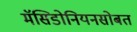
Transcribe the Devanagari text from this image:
मॅसिडोनियनसोबत